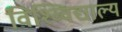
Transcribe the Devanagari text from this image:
विश्व्विद्याल्य